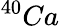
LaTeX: ^{40}Ca